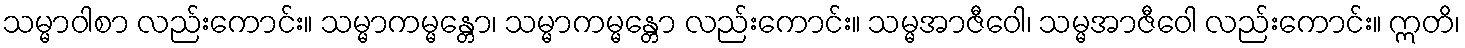
သမ္မာဝါစာ လည်းကောင်း။ သမ္မာကမ္မန္တော၊ သမ္မာကမ္မန္တော လည်းကောင်း။ သမ္မအာဇီဝေါ၊ သမ္မအာဇီဝေါ လည်းကောင်း။ ဣတိ၊